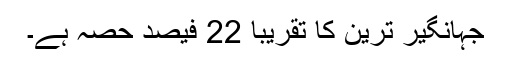
جہانگیر ترین کا تقریبا 22 فیصد حصہ ہے۔